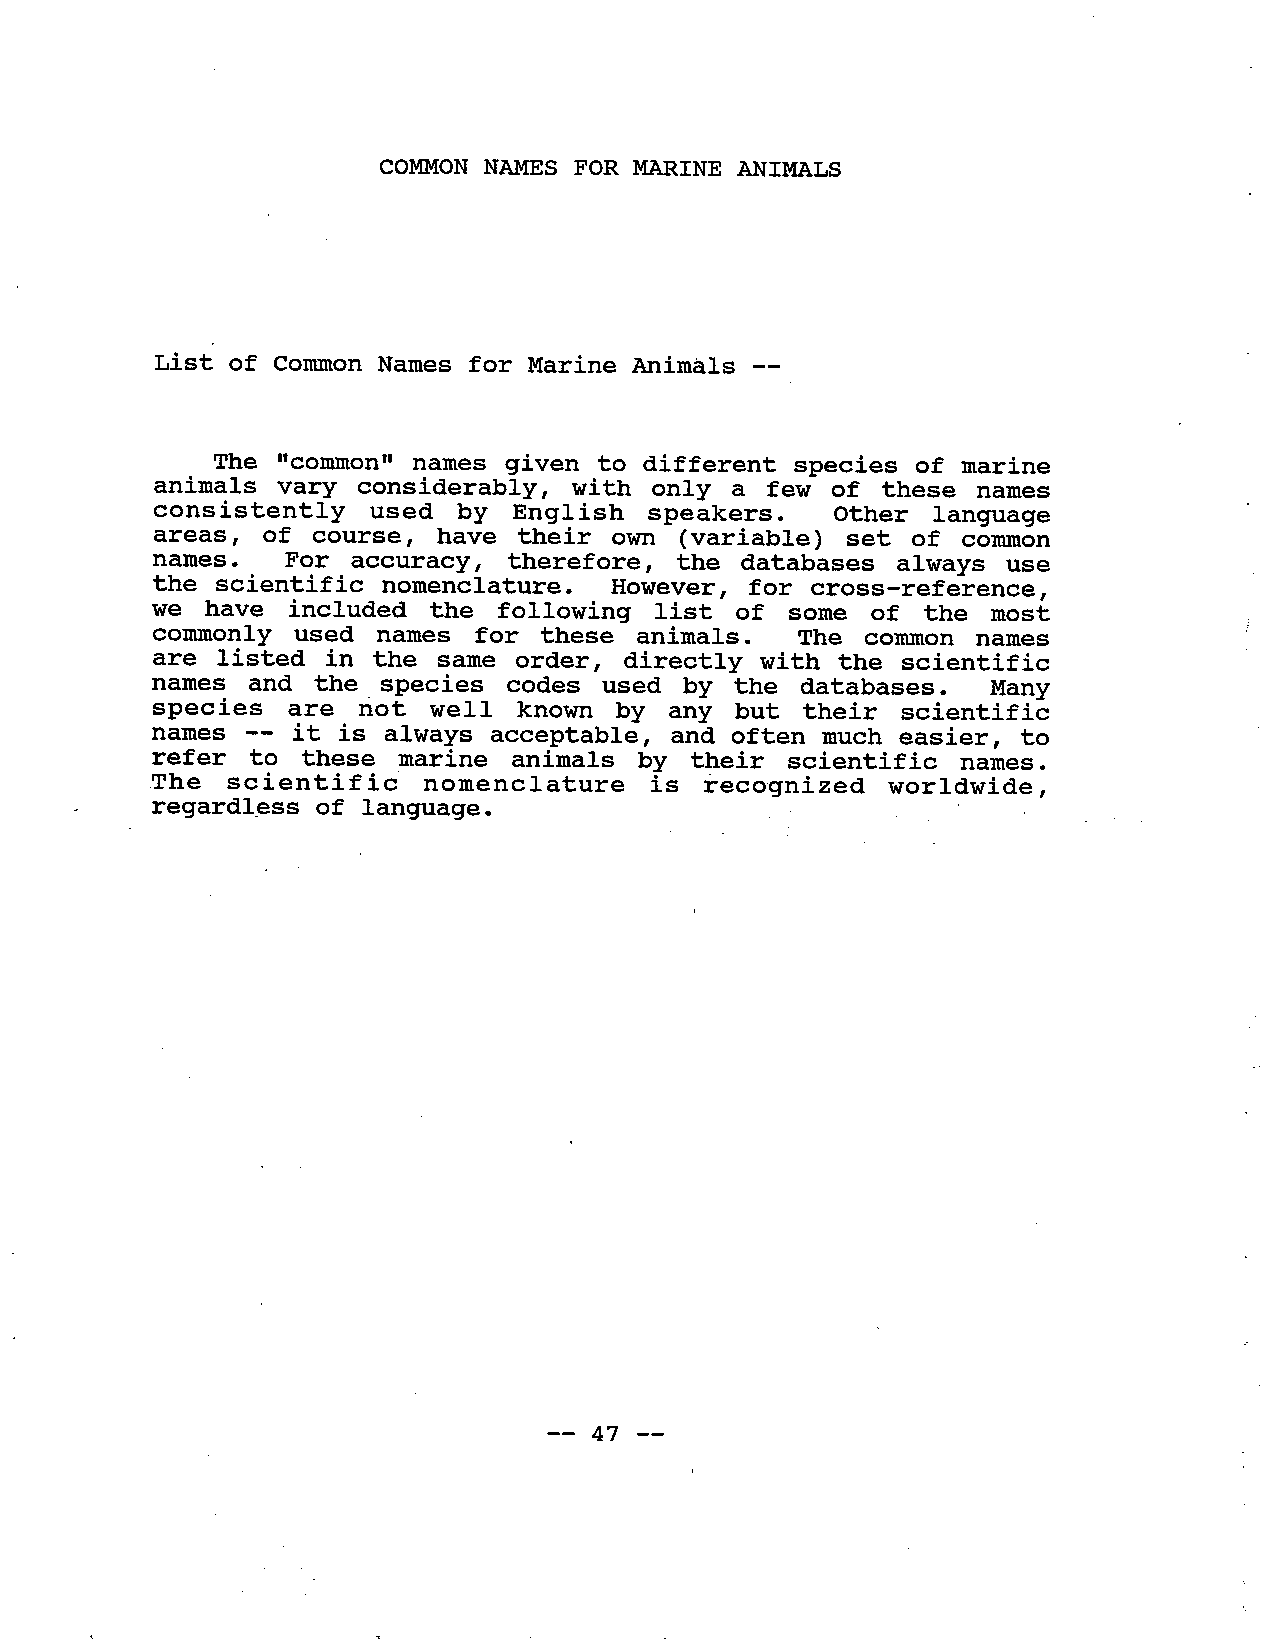
COMMON  NAMS FOR MAINE ANIMALS
 List of Common Names for Marine Animals --
 The "common" names given to different species of  marine
 animals  vary considerably, with  only a few of these names
 consistently   used by  English  speakers.  Other  language
 areas, of  course, have their own  (variable) set of common
 names.  For accuracy, therefore,  the databases  always use
 the scientific nomenclature.  However, for cross-reference,
 we have  included the  following  list of some  of the most
 commonly  used names  for these animals.  The common  names
 are listed in the  same order, directly with the scientific
 names  and the species  codes used  by the databases.  Many
 species   are not well known   by  any  but their scientific
 names -- it is always acceptable, and often much easier, to
 refer to  these marine animals  by their scientific  names.
 The  scientif  ic nomenclature  is  recognized  worldwide,
 regardl~ss of language.
 -- 47 --